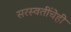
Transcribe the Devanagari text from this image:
सरस्वतींचेही